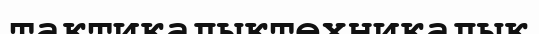
тактикалыктехникалық